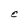
Character: E